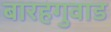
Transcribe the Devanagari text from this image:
बारहगुवाड